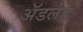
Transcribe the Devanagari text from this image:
अॅडलेड